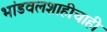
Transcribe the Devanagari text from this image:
भांडवलशाहीचाही